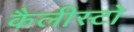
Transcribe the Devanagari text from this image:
कैलीस्टो